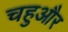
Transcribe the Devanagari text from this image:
चहुऔर